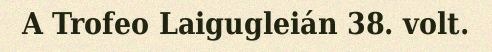
A Trofeo Laigugleián 38. volt.